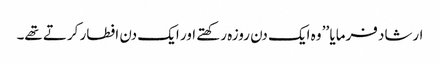
ارشاد فرمایا ’’ وہ ایک دن روزہ رکھتے اور ایک دن افطار کرتے تھے۔